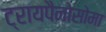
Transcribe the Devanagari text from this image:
ट्रायपैनोसोमा